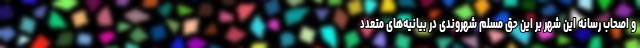
و اصحاب رسانه این شهر بر این حق مسلم شهروندی در بیانیه‌های متعدد